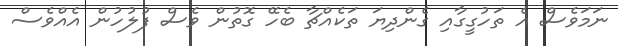
ނަމަވެސް އެ ތަހުގީގާއި ގެންދިޔަ ތަކެއްޗާ ބެހޭ ގޮތުން ވެސް ފުލުހުން އެއްވެސް